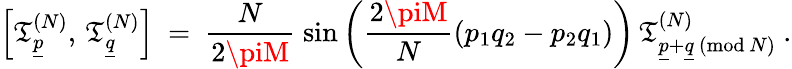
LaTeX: \left[\mathfrak{T}_{\underline{{{{p}}}}}^{(N)},\, \mathfrak{T}_{\underline{{{{q}}}}}^{(N)}\right]\ =\ \frac{{N}}{{2\piM}}\; \mathrm{{sin}}\left(\frac{{2\piM}}{{N}}\left(p_{1}q_{2}-p_{2}q_{1}\right)\right)\, \mathfrak{T}_{\underline{{{{p}}}}+\underline{{{{q}}}}\, (\mathrm{{mod}}\, N)}^{(N)}\ .